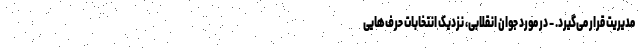
مدیریت قرار می‌گیرد. - در مورد جوان انقلابی، نزدیک انتخابات حرف‌هایی